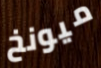
ميونخ